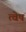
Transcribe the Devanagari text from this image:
त्वेषं